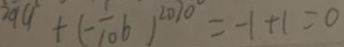
9 9 + ( - \frac { 1 } { 1 0 } b ) ^ { 2 0 1 0 } = - 1 + 1 = 0